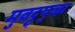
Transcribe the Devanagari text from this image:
मुवट्टुपुळा